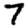
Digit: 7